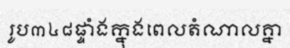
រូប៣៤៨ផ្ទាំងក្នុងពេលតំណាលគ្នា